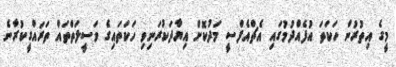
މީގެ އިތުރުން ހަކަތަ އުފެއްދުމުގައި އެޗްއެފްސީ މަދުކޮށް އިޔާދަކުރަނިވި ހަކަތައިގެ ވަސީލަތްތައް ތަރައްގީކުރާނެ